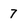
Character: 7